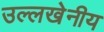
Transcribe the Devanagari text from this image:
उल्‍लखेनीय